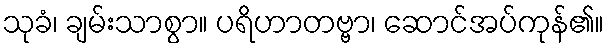
သုခံ၊ ချမ်းသာစွာ။ ပရိဟာတဗ္ဗာ၊ ဆောင်အပ်ကုန်၏။